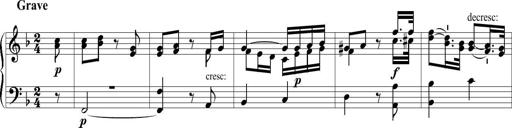
Title: 6 Leichte Sonatinen, Teil 1
Composer: F. Sigismund Sander